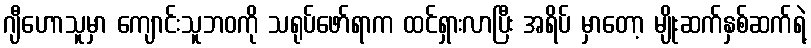
ဂျီဟောသူမှာ ကျောင်းသူဘဝကို သရုပ်ဖော်ရာက ထင်ရှားလာပြီး အရိပ် မှာတော့ မျိုးဆက်နှစ်ဆက်ရဲ့